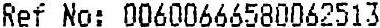
REF NO: 00600666580062513